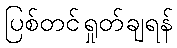
ပြစ်တင်ရှုတ်ချရန်